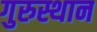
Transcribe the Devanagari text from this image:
गुरुस्थान